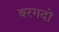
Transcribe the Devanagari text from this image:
बरगदो